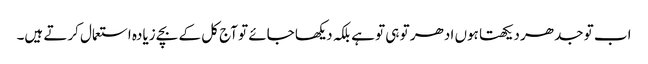
اب تو جدھر دیکھتا ہوں ادھر تو ہی تو ہے بلکہ دیکھا جائے تو آج کل کے بچے زیادہ استعمال کرتے ہیں۔